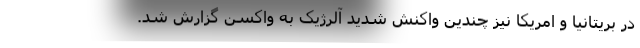
در بریتانیا و امریکا نیز چندین واکنش شدید آلرژیک به واکسن گزارش شد.